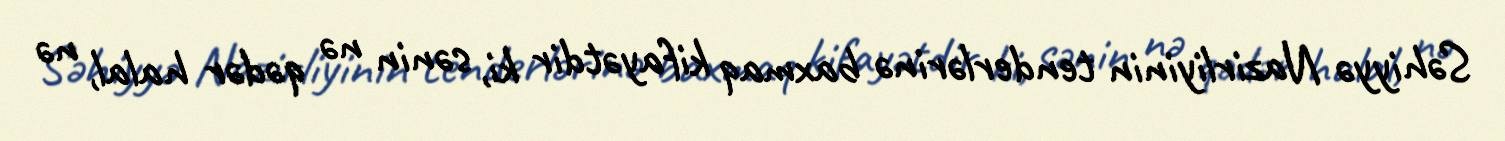
Səhiyyə Nazirliyinin tenderlərinə baxmaq kifayətdir ki, sənin nə qədər halal, nə